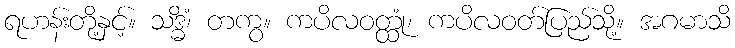
ရဟန်းတို့နှင့်။ သဒ္ဓိံ၊ တကွ။ ကပိလဝတ္ထုံ၊ ကပိလဝတ်ပြည်သို့။ အဂမာသိ